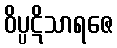
ဝိပ္ပဋိသာရဇေ